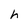
Character: h